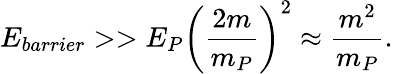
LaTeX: E_{barrier}>>E_{P}\left({\frac{2m}{m_{P}}}\right)^{2}\approx{\frac{m^{2}}{m_{P}}}.